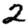
Digit: 2